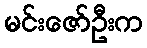
မင်းဇော်ဦးက